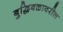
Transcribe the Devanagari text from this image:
बुद्धिबळावरील